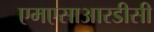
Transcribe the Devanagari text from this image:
एमएसाआरडीसी